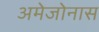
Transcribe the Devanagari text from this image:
अमेजोनास